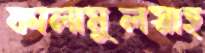
কালামুলস্নাহ